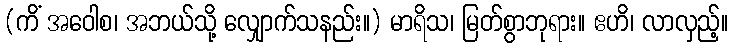
(ကိံ အဝေါစ၊ အဘယ်သို့ လျှောက်သနည်း။) မာရိသ၊ မြတ်စွာဘုရား။ ဧဟိ၊ လာလှည့်။